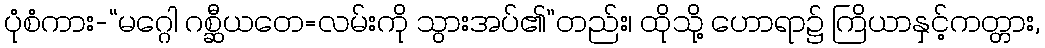
ပုံစံကား-“မဂ္ဂေါ ဂစ္ဆီယတေ=လမ်းကို သွားအပ်၏”တည်း၊ ထိုသို့ ဟောရာ၌ ကြိယာနှင့်ကတ္တား,